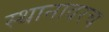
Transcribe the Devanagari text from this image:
स्थानावरच